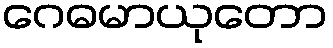
ဂေဓမာယုတော